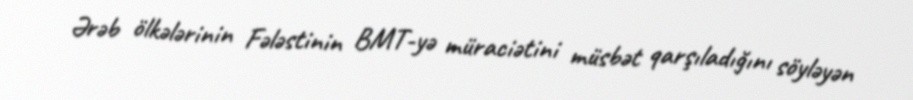
Ərəb ölkələrinin Fələstinin BMT-yə müraciətini müsbət qarşıladığını söyləyən